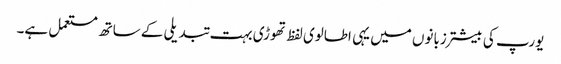
یورپ کی بیشتر زبانوں میں یہی اطالوی لفظ تھوڑی بہت تبدیلی کے ساتھ مستعمل ہے۔